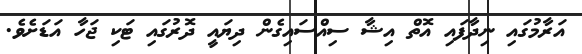
އަރާމުގައި ނިދާފައި އޮތް އިޝާ ސިއްސައިގެން ދިޔައީ ދޮރުގައި ޓަކި ޖަހާ އަޑަށެވެ.